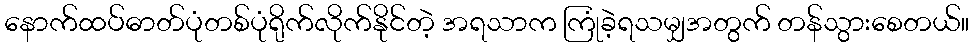
နောက်ထပ်ဓာတ်ပုံတစ်ပုံရိုက်လိုက်နိုင်တဲ့ အရသာက ကြုံခဲ့ရသမျှအတွက် တန်သွားစေတယ်။